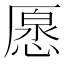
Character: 𠪰